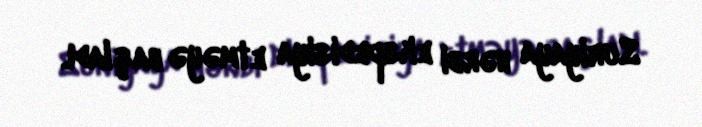
Suriyaya hərbi ekspedisiya etməyə başladı.